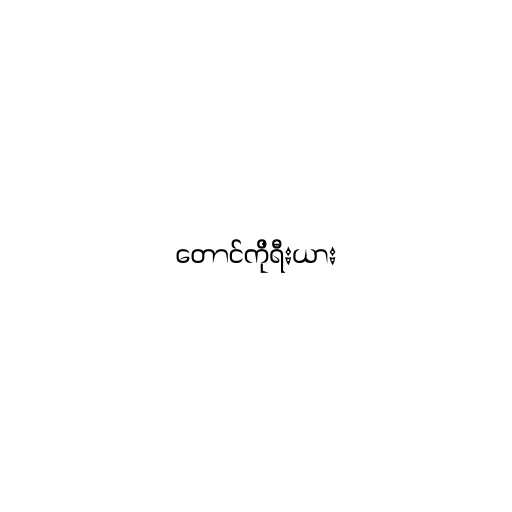
တောင်ကိုရီးယား